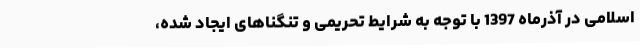
اسلامی در آذرماه 1397 با توجه به شرایط تحریمی و تنگناهای ایجاد شده،